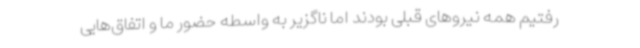
رفتیم همه نیروهای قبلی بودند اما ناگزیر به واسطه حضور ما و اتفاق‌هایی